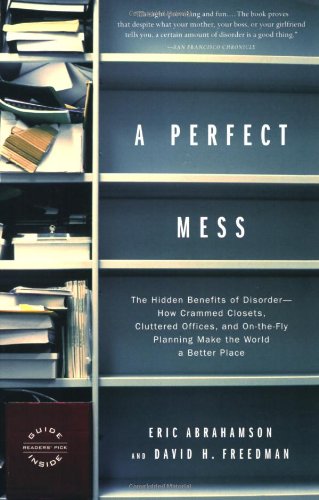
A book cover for A Perfect Mess: The Hidden Benefits of Disorder--How Crammed Closets, Cluttered Offices, and On-the-Fly Planning Make the World a Better Place; Eric Abrahamson; Health, Fitness & Dieting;